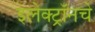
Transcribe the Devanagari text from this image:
इलेक्ट्रॉनचे